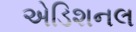
એડિશનલ